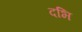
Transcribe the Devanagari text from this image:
दभि